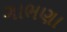
ગાભણા